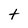
Character: t